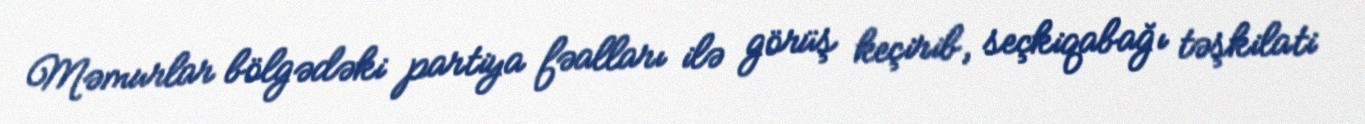
Məmurlar bölgədəki partiya fəalları ilə görüş keçirib, seçkiqabağı təşkilati